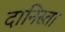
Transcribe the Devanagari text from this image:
दानिस्ता